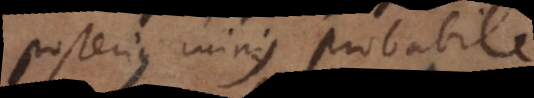
posterius minus probabile.